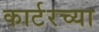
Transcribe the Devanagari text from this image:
कार्टरच्या